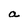
Character: a